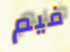
فيم